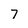
Character: 7